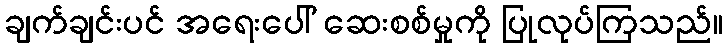
ချက်ချင်းပင် အရေးပေါ် ဆေးစစ်မှုကို ပြုလုပ်ကြသည်။